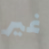
غير